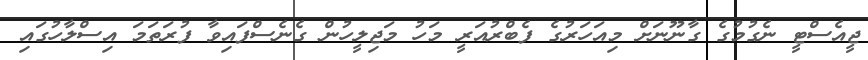
ޖީއެސްޓީ ނެގުމުގެ ގާނޫނަށް މިއަހަރުގެ ފެބްރުއަރީ މަހު މަޖިލީހުން ގެނެސްފައިވާ ފުރަތަމަ އިސްލާހުގައި